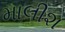
માલીશ